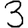
Digit: 3